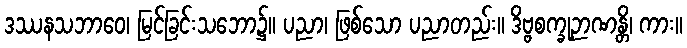
ဒဿနသဘာဝေ၊ မြင်ခြင်းသဘော၌။ ပညာ၊ ဖြစ်သော ပညာတည်း။ ဒိဗ္ဗစက္ခုဉာဏန္တိ၊ ကား။